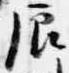
辰